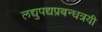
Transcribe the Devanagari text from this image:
लद्युपद्यप्रबन्धत्रयी